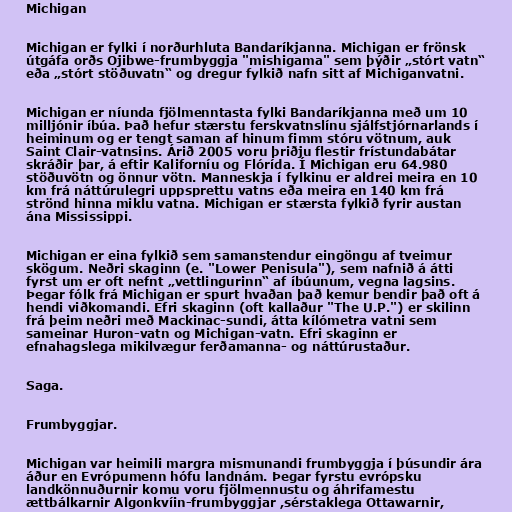
Michigan

Michigan er fylki í norðurhluta Bandaríkjanna. Michigan er frönsk
útgáfa orðs Ojibwe-frumbyggja "mishigama" sem þýðir „stórt vatn“
eða „stórt stöðuvatn“ og dregur fylkið nafn sitt af Michiganvatni.

Michigan er níunda fjölmenntasta fylki Bandaríkjanna með um 10
milljónir íbúa. Það hefur stærstu ferskvatnslínu sjálfstjórnarlands í
heiminum og er tengt saman af hinum fimm stóru vötnum, auk
Saint Clair-vatnsins. Árið 2005 voru þriðju flestir frístundabátar
skráðir þar, á eftir Kaliforníu og Flórída. Í Michigan eru 64.980
stöðuvötn og önnur vötn. Manneskja í fylkinu er aldrei meira en 10
km frá náttúrulegri uppsprettu vatns eða meira en 140 km frá
strönd hinna miklu vatna. Michigan er stærsta fylkið fyrir austan
ána Mississippi.

Michigan er eina fylkið sem samanstendur eingöngu af tveimur
skögum. Neðri skaginn (e. "Lower Penisula"), sem nafnið á átti
fyrst um er oft nefnt „vettlingurinn“ af íbúunum, vegna lagsins.
Þegar fólk frá Michigan er spurt hvaðan það kemur bendir það oft á
hendi viðkomandi. Efri skaginn (oft kallaður "The U.P.") er skilinn
frá þeim neðri með Mackinac-sundi, átta kílómetra vatni sem
sameinar Huron-vatn og Michigan-vatn. Efri skaginn er
efnahagslega mikilvægur ferðamanna- og náttúrustaður.

Saga.

Frumbyggjar.

Michigan var heimili margra mismunandi frumbyggja í þúsundir ára
áður en Evrópumenn hófu landnám. Þegar fyrstu evrópsku
landkönnuðurnir komu voru fjölmennustu og áhrifamestu
ættbálkarnir Algonkvíin-frumbyggjar ,sérstaklega Ottawarnir,